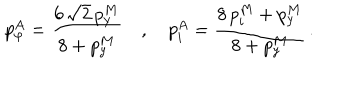
p _ { \varphi } ^ { A } = \frac { 6 \, \sqrt 2 \, p _ { y } ^ { M } } { 8 + p _ { y } ^ { M } } \quad , \quad p _ { i } ^ { A } = \frac { 8 \, p _ { i } ^ { M } + p _ { y } ^ { M } } { 8 + p _ { y } ^ { M } } \, .